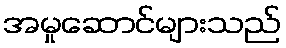
အမှုဆောင်များသည်